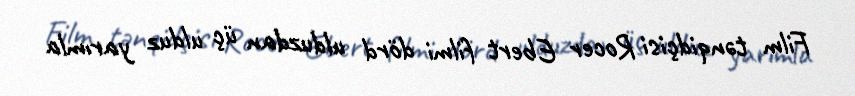
Film tənqidçisi Rocer Ebert filmi dörd ulduzdan üç ulduz yarımla